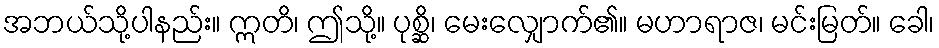
အဘယ်သို့ပါနည်း။ ဣတိ၊ ဤသို့။ ပုစ္ဆိ၊ မေးလျှောက်၏။ မဟာရာဇ၊ မင်းမြတ်။ ခေါ၊